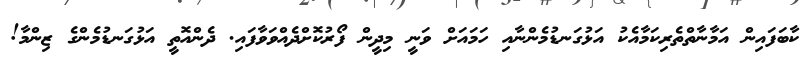
ކާބަފައިން އަމާނާތްތެރިކަމާއެކު އަޅުގަނޑުމެންނާއި ހަމައަށް ވަނީ މިދީން ފޯރުކޮށްދެއްވަވާފައި. ދެންއޮތީ އަޅުގަނޑުމެންގެ ޒިންމާ!